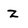
Character: z